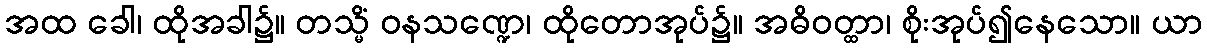
အထ ခေါ၊ ထိုအခါ၌။ တသ္မိံ ဝနသဏ္ဍေ၊ ထိုတောအုပ်၌။ အဓိဝတ္ထာ၊ စိုးအုပ်၍နေသော။ ယာ